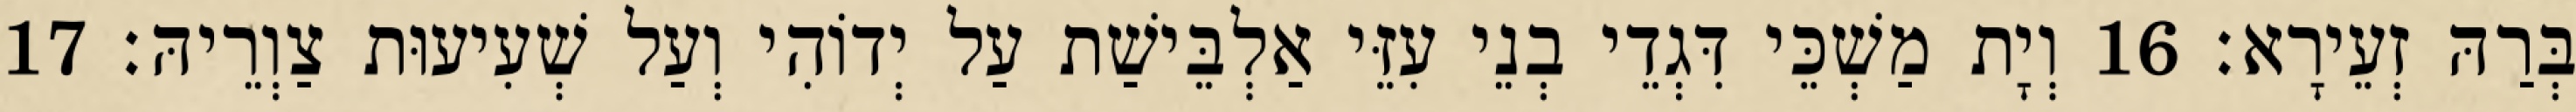
בְּרַהּ זְעֵירָא׃ 16 וְיָת מַשְׁכֵּי דִּגְדֵי בְנֵי עִזֵּי אַלְבֵּישַׁת עַל יְדוֹהִי וְעַל שְׁעִיעוּת צַוְרֵיהּ׃ 17